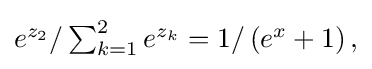
{\textstyle e^{z_{2}}/\sum _{k=1}^{2}e^{z_{k}}=1/\left(e^{x}+1\right),}